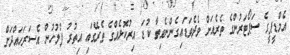
އެމްޑީޕީގެ ސަޕޯޓަރުންގެ ތެރެއަށް ވެދެވަޑައިގެންނެވިތާ ކުޑަ އިރުކޮޅެއްގެ ތެރޭގައި އިތުރު ފުލުހުން އެސަރަހައްދަށް